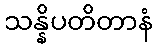
သန္နိပတိတာနံ